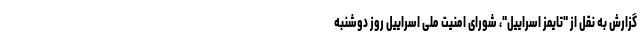
گزارش به نقل از "تایمز اسراییل"، شورای امنیت ملی اسراییل روز دوشنبه